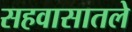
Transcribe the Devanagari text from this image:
सहवासातले